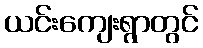
ယင်းကျေးရွာတွင်